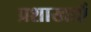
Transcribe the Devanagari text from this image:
प्रशाखाऍं